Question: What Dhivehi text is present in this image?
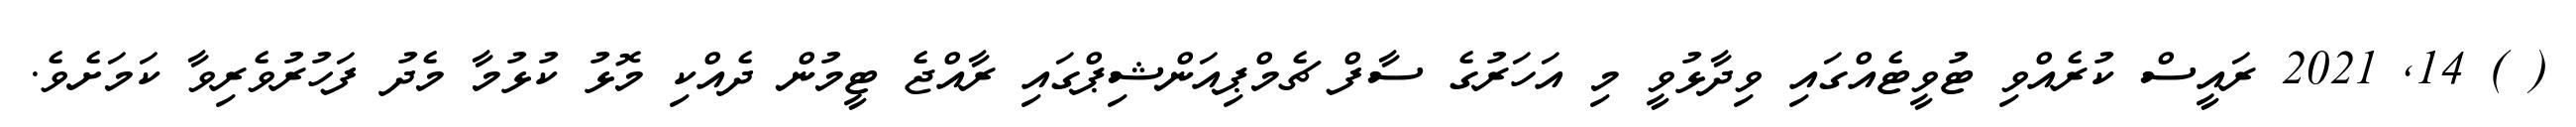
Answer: ( ) 14, 2021 ރައީސް ކުރެއްވި ޓުވީޓެއްގައި ވިދާޅުވީ މި އަހަރުގެ ސާފް ޗެމްޕިއަންޝިޕްގައި ރާއްޖެ ޓީމުން ދެއްކި މޮޅު ކުޅުމާ މެދު ފަހުރުވެރިވާ ކަމަށެވެ.